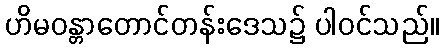
ဟိမဝန္တာတောင်တန်းဒေသ၌ ပါဝင်သည်။